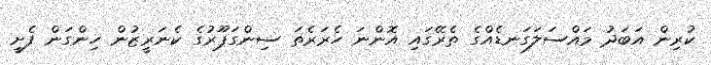
ކުރިން އަބަދު މައްސަލަގަނޑެއްގެ ތެރޭގައި އޮންނަ ހެރަރެތަ ސިންގަޕޫރުގެ ކެނަރީޒުން ހިންގަން ފެށީ